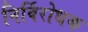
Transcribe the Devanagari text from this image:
निर्विरोधक